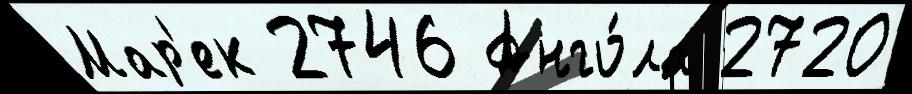
Мар'ек 2746 Анго́ла 2720